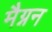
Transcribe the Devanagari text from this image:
मैग्नन